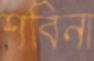
শবিনা